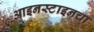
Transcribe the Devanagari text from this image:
आइनस्टाइनचा